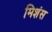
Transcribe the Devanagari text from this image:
मिशंस